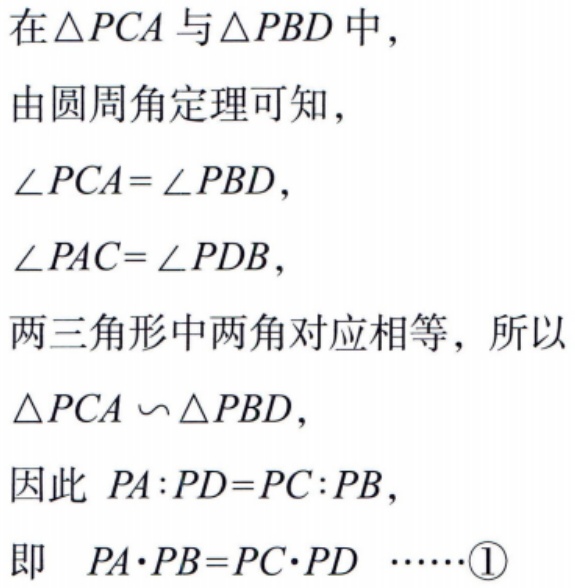
在$\triangle PCA$与$\triangle PBD$中，
由圆周角定理可知，
$\angle PCA = \angle PBD$，
$\angle PAC = \angle PDB$，
两三角形中两角对应相等，所以
$\triangle PCA \backsim \triangle PBD$，
因此 $PA:PD = PC:PB$，
即 $PA\cdot PB = PC\cdot PD$ ……\textcircled{1}